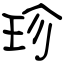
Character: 珍